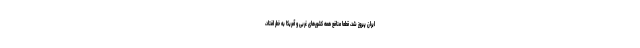
ایران پیروز شد، قطعا منافع همه کشورهای غربی و آمریکا به خطر افتاد،